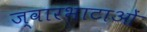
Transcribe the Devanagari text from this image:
ज्वारभाटाओं